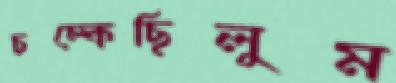
চম্‌কেছিলুম